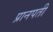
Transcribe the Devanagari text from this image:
प्रानपती